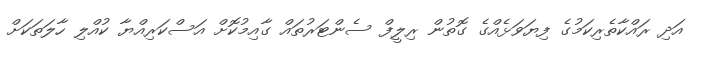
އަދި ރައްކާތެރިކަމުގެ ފިޔަވަޅެއްގެ ގޮތުން ރިލީފް ސެންޓަރުތައް ގާއިމުކޮށް އަސްކަރިއްޔާ ކުއްލި ހާލަތަކަށް